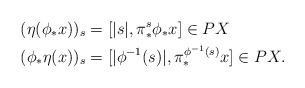
\begin{align*}(\eta (\phi_* x))_s & = [|s|, \pi^s_* \phi_* x] \in PX \\(\phi_* \eta (x))_s & = [|\phi^{-1} (s)|, \pi^{\phi^{-1}(s)}_* x] \in PX.\end{align*}